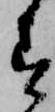
す